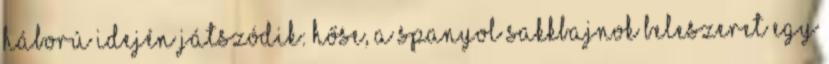
háború idején játszódik: hőse, a spanyol sakkbajnok beleszeret egy